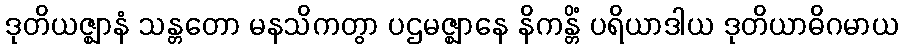
ဒုတိယဇ္ဈာနံ သန္တတော မနသိကတွာ ပဌမဇ္ဈာနေ နိကန္တိံ ပရိယာဒါယ ဒုတိယာဓိဂမာယ